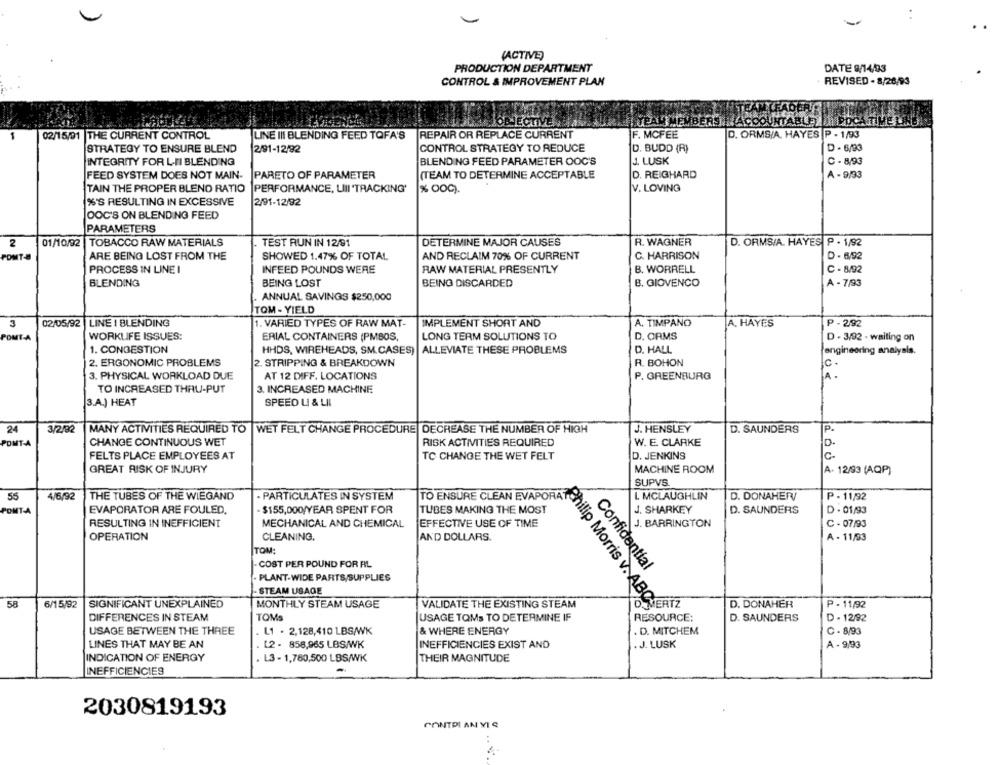
(ACTIVE)
PRODUCTION DEPARTMENT
DATE 9/14/93
CONTROL & IMPROVEMENT PLAN
REVISED - 8/26/93
OBJECTIVE
TEAM MEMBERS
BACCOUNTABLE
POCA TIME LAD
02/15/01 THE CURRENT CONTROL
LINE III BLENDING FEED TOFA'S
REPAIR OR REPLACE CURRENT
F. MCFEE
D. ORMS/A. HAYES P - 1/93
STRATEGY TO ENSURE BLEND
2/91-12/92
CONTROL STRATEGY TO REDUCE
D. BUDD (R)
D - 6/93
BLENDING FEED PARAMETER OOC'S
J. LUSK
C - 8/93
INTEGRITY FOR LII BLENDING
FEED SYSTEM DOES NOT MAIN-
PARETO OF PARAMETER
(TEAM TO DETERMINE ACCEPTABLE
D. REIGHARD
A - 9/93
TAIN THE PROPER BLEND RATIO
PERFORMANCE, LIII "TRACKING'
% OOG).
V. LOVING
%'S RESULTING IN EXCESSIVE
2/91-12/92
OOC'S ON BLENDING FEED
PARAMETERS
2
01/10/92
TOBACCO RAW MATERIALS
TEST RUN IN 12/91
DETERMINE MAJOR CAUSES
R. WAGNER
D. ORMS/A. HAYES P . 1/92
POMT-8
ARE BEING LOST FROM THE
SHOWED 1.47% OF TOTAL
AND RECLAIM 70% OF CURRENT
C. HARRISON
D - 6/92
PROCESS IN LINE I
INFEED POUNDS WERE
RAW MATERIAL PRESENTLY
B. WORRELL
C - 8/92
BLENDING
BEING LOST
BEING DISCARDED
B. GIOVENCO
A - 7/93
. ANNUAL SAVINGS $250,000
TOM -YIELD
LINE I BLENDING
3
02/05/92
1. VARIED TYPES OF RAW MAT-
IMPLEMENT SHORT AND
A. TIMPANO
A. HAYES
P - 292
POMT-A
WORKLIFE ISSUES:
ERIAL CONTAINERS (PMBOS,
LONG TERM SOLUTIONS TO
D, ORMS
D - 3/92 - waiting on
1. CONGESTION
HHDS, WIREHEADS, SM.CASES) |ALLEVIATE THESE PROBLEMS
D. HALL
engineering analysis.
2. ERGONOMIC PROBLEMS
2. STRIPPING & BREAKDOWN
R. BOHON
c.
3. PHYSICAL WORKLOAD DUE
AT 12 DIFF. LOCATIONS
P. GREENBURG
JA .
TO INCREASED THRU-PUT
3. INCREASED MACHINE
3.A.) HEAT
SPEED LI & LIL
24
3/2/92
MANY ACTIVITIES REQUIRED TO
J. HENSLEY
D. SAUNDERS
P.
WET FELT CHANGE PROCEDURE DECREASE THE NUMBER OF HIGH
POMT-A
CHANGE CONTINUOUS WET
RISK ACTIVITIES REQUIRED
W. E. CLARKE
D.
FELTS PLACE EMPLOYEES AT
TC CHANGE THE WET FELT
D. JENKINS
GREAT RISK OF INJURY
MACHINE ROOM
A- 12/93 (AQP)
SUPVS.
55
4/6/92
THE TUBES OF THE WIEGAND
· PARTICULATES IN SYSTEM
TO ENSURE CLEAN EVAPORAT
L MCLAUGHLIN
D. DONAHERV
P - 11/92
POMT-A
EVAPORATOR ARE FOULED.
- $155,000/YEAR SPENT FOR
TUBES MAKING THE MOST
J. SHARKEY
D. SAUNDERS
D - 01/93
RESULTING IN INEFFICIENT
MECHANICAL AND CHEMICAL
EFFECTIVE USE OF TIME
J. BARRINGTON
C - 07/93
OPERATION
CLEANING.
AND DOLLARS.
A - 11/93
TOM:
COST PER POUND FOR AL
Confidential
PLANT-WIDE PARTS SUPPLIES
STEAM USAGE
58
6/15/92
SIGNIFICANT UNEXPLAINED
MONTHLY STEAM USAGE
VALIDATE THE EXISTING STEAM
D. DONAHER
P - 11/92
Philip Morris v. ABOS
D MERTZ
DIFFERENCES IN STEAM
TOMS
USAGE TOMs TO DETERMINE IF
RESOURCE:
D. SAUNDERS
D - 12/92
USAGE BETWEEN THE THREE
L1 . 2,128,410 LBS/WK
& WHERE ENERGY
. D. MITCHEM
C - 8/93
LINES THAT MAY BE AN
12- 858,965 LBS/WK
INEFFICIENCIES EXIST AND
. J. LUSK
A - 9,93
INDICATION OF ENERGY
L3 - 1,780,500 LBS/WK
THEIR MAGNITUDE
INEFFICIENCIES
2030819193
PONTDI AN YIR